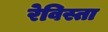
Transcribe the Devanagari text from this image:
रेविस्ता